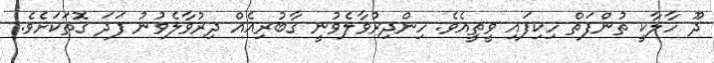
ދޫ ހާލާކީ ތުންފަތް ހިކިފައި ވީތީއެވެ. ހިންދިރުވާލެވުނީ ގާބުރިއެއް ދިރުވާލެވުނު ފަދަ ގޮތަކަށެވެ.